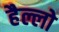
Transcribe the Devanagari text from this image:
हैल्लो